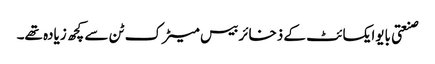
صنعتی بایوایکسائٹ کے ذخائر بیس میٹرک ٹن سے کچھ زیادہ تھے۔